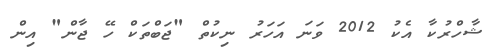
ޝާހްރުކާ އެކު 2012 ވަނަ އަހަރު ނިކުތް "ޖަބްތަކް ހޭ ޖާން" އިން